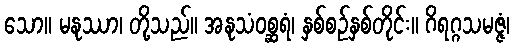
သော။ မနုဿာ၊ တို့သည်။ အနုသံဝစ္ဆရံ၊ နှစ်စဉ်နှစ်တိုင်း။ ဂိရဂ္ဂသမဇ္ဇံ၊